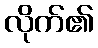
လိုက်၏